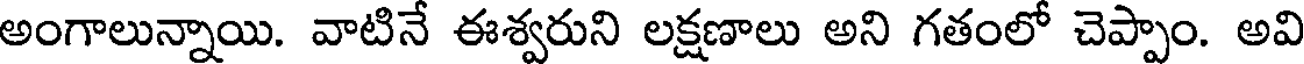
అంగాలున్నాయి. వాటినే ఈశ్వరుని లక్షణాలు అని గతంలో చెప్పాం. అవి